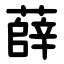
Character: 薛